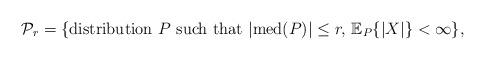
LaTeX: \begin{align*} \mathcal{P}_r = \{\mbox{distribution } P \mbox{ such that } |\mathrm{med}(P)| \leq r, \, \mathbb{E}_P\{|X|\} < \infty\},\end{align*}